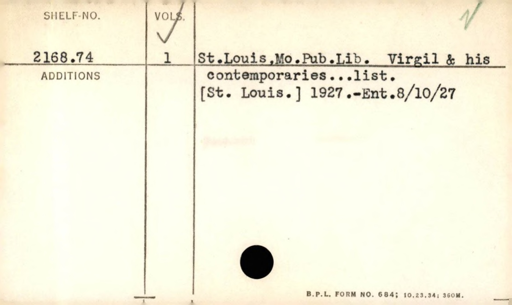
Label: content